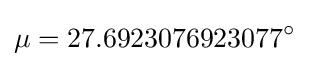
\mu =27.6923076923077^{\circ }